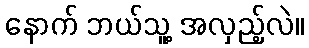
နောက် ဘယ်သူ့ အလှည့်လဲ။